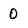
Character: 0